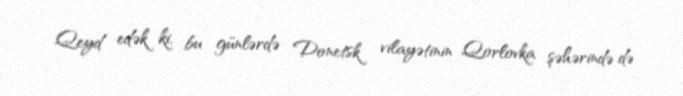
Qeyd edək ki, bu günlərdə Donetsk vilayətinin Qorlovka şəhərində də